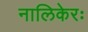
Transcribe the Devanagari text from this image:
नालिकेरः